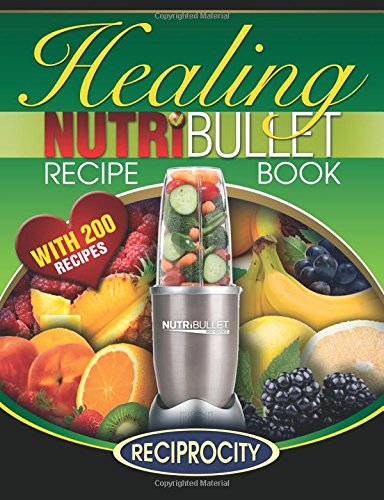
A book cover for The Nutribullet Healing Recipe Book: 200 Health Boosting Nutritious and Therapeutic Blast and Smoothie Recipes; Marco Black; Cookbooks, Food & Wine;